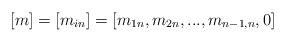
\begin{align*}[m]=[m_{i n }]=[m_{1 n}, m_{2 n}, . . . , m_{{n-1}, n}, 0]\end{align*}